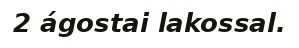
2 ágostai lakossal.